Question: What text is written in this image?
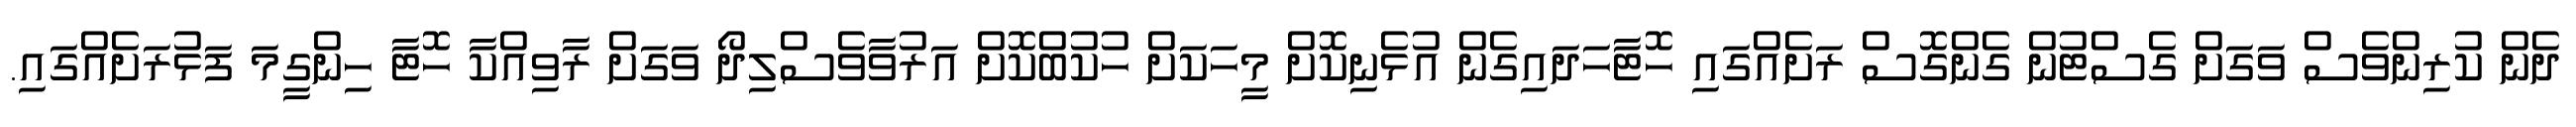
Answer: ދެން ކުރިންވެސް ވަގަށް ގެސްޓުން ގެންގޮސް ރަށެއްގައި ހޮޓާހަދައިގެން އުޅެނިކޮށް މީހަކަށް ހުކުބްކޮށް އަރުވާވެސްލިދޯ ވަގަށް ރާވިއްކާ ހޮޓާ ހިންގީމަ ފަޅުރަށެއްގައި.